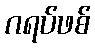
ဂရပ်ဖစ်